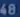
480